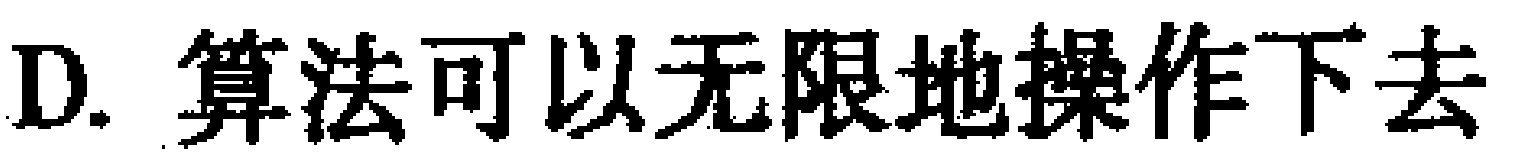
D. 算法可以无限地操作下去